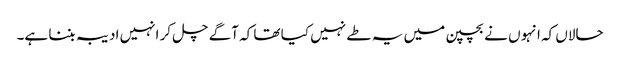
حالاں کہ انہو ں نے بچپن میں یہ طے نہیں کیا تھا کہ آگے چل کر انہیں ادیبہ بننا ہے۔